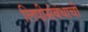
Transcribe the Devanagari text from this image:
लिपीसंबंधाची